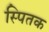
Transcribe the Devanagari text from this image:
स्पितक